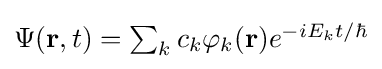
{\textstyle \Psi (\mathbf {r} ,t)=\sum _{k}c_{k}\varphi _{k}(\mathbf {r} )e^{{-iE_{k}t}/{\hbar }}}